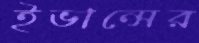
ইভান্সের